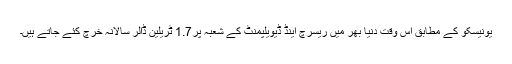
یونیسکو کے مطابق اس وقت دنیا بھر میں ریسرچ اینڈ ڈیویلپمنٹ کے شعبہ پر1.7 ٹریلین ڈالر سالانہ خرچ کئے جاتے ہیں۔